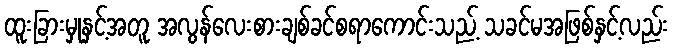
ထူးခြားမှုနှင့်အတူ အလွန်လေးစားချစ်ခင်စရာကောင်းသည့် သခင်မအဖြစ်နှင့်လည်း